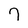
Character: 7